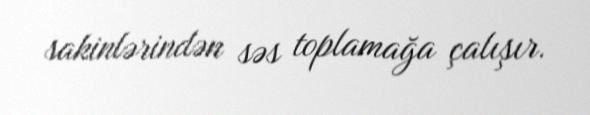
sakinlərindən səs toplamağa çalışır.